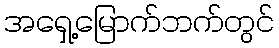
အရှေ့မြောက်ဘက်တွင်